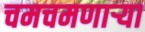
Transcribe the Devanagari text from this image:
चमचमणार्‍या